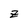
Character: z